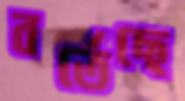
বর্তেছে